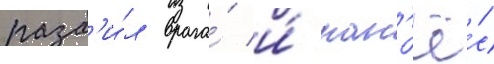
разб'и́л врага́ и́ нан'ё́с